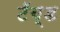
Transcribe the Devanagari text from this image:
टॅब्ड